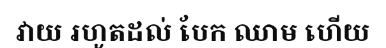
វាយ រហូតដល់ បែក ឈាម ហើយ